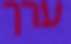
ערך